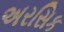
અરસિક